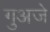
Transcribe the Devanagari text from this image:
गुअजे